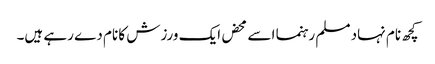
کچھ نام نہاد مسلم رہنما اسے محض ایک ورزش کا نام دے رہے ہیں۔